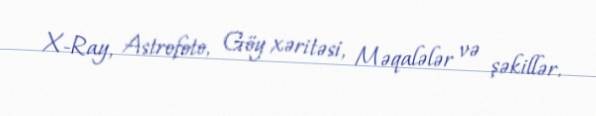
X-Ray, Astrofoto, Göy xəritəsi, Məqalələr və şəkillər.